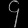
Digit: ၄